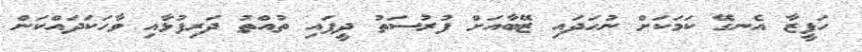
ހަފީޒާ އެނގޭ ކަމަކަށް ނުހަދައި ޒޭބާއަށް ފުރުސަތު ދީފައި ތުއްތު ދަރިފުޅާއި ވާހަކަދައްކަން